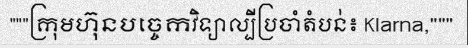
"""ក្រុមហ៊ុនបច្ចេកវិទ្យាល្បីប្រចាំតំបន់៖ Klarna,"""